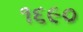
૧૬૯૦